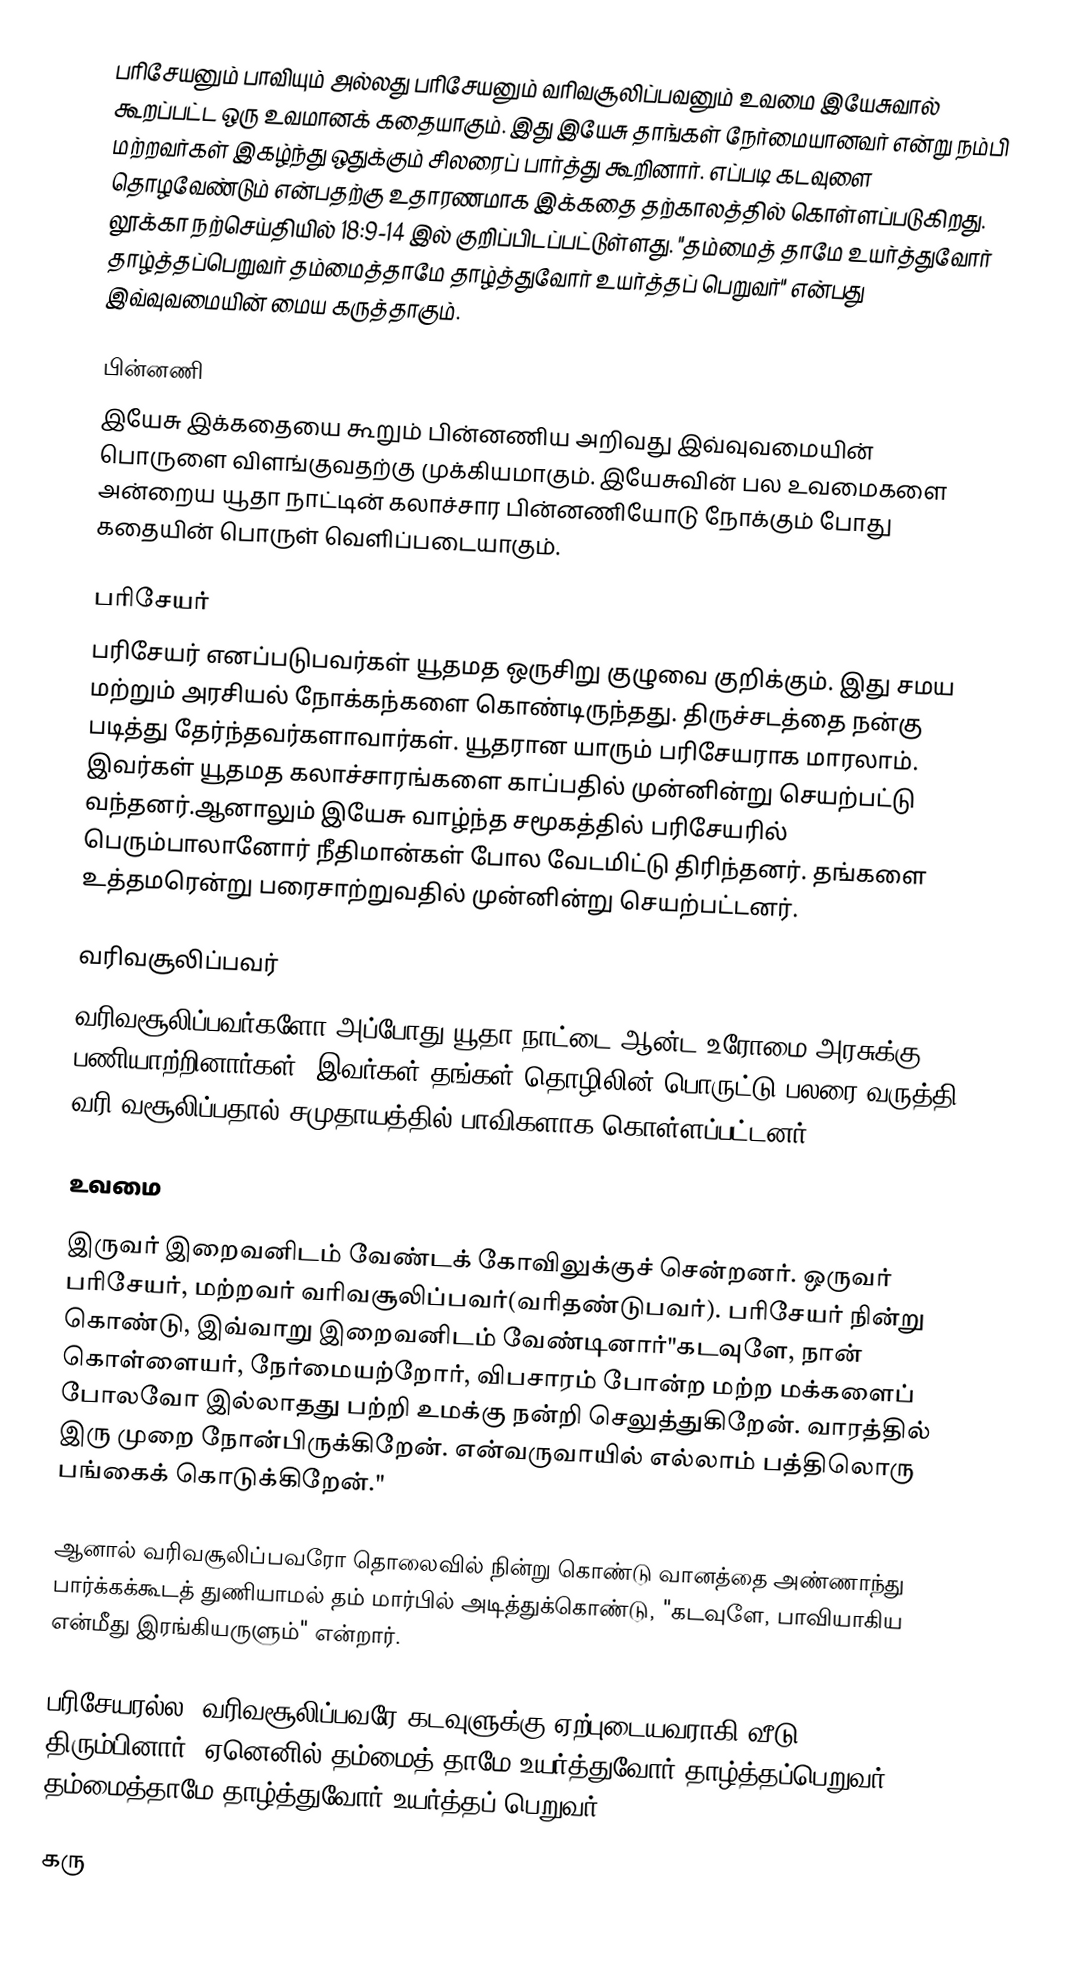
பரிசேயனும் பாவியும் அல்லது பரிசேயனும் வரிவசூலிப்பவனும் உவமை இயேசுவால் கூறப்பட்ட ஒரு உவமானக் கதையாகும். இது இயேசு தாங்கள் நேர்மையானவர் என்று நம்பி மற்றவர்கள் இகழ்ந்து ஒதுக்கும் சிலரைப் பார்த்து  கூறினார். எப்படி கடவுளை தொழவேண்டும் என்பதற்கு உதாரணமாக இக்கதை தற்காலத்தில் கொள்ளப்படுகிறது. லூக்கா நற்செய்தியில் 18:9-14 இல் குறிப்பிடப்பட்டுள்ளது. "தம்மைத் தாமே உயர்த்துவோர் தாழ்த்தப்பெறுவர் தம்மைத்தாமே தாழ்த்துவோர் உயர்த்தப் பெறுவர்" என்பது இவ்வுவமையின் மைய கருத்தாகும்.

பின்னணி
இயேசு இக்கதையை கூறும் பின்னணிய அறிவது இவ்வுவமையின் பொருளை விளங்குவதற்கு முக்கியமாகும். இயேசுவின் பல உவமைகளை அன்றைய யூதா நாட்டின் கலாச்சார பின்னணியோடு நோக்கும் போது கதையின் பொருள் வெளிப்படையாகும்.

பரிசேயர்
பரிசேயர் எனப்படுபவர்கள் யூதமத ஒருசிறு குழுவை குறிக்கும். இது சமய மற்றும் அரசியல் நோக்கந்களை கொண்டிருந்தது. திருச்சடத்தை நன்கு படித்து தேர்ந்தவர்களாவார்கள். யூதரான யாரும் பரிசேயராக மாரலாம். இவர்கள் யூதமத கலாச்சாரங்களை காப்பதில் முன்னின்று செயற்பட்டு வந்தனர்.ஆனாலும் இயேசு வாழ்ந்த சமூகத்தில் பரிசேயரில் பெரும்பாலானோர் நீதிமான்கள் போல வேடமிட்டு திரிந்தனர். தங்களை உத்தமரென்று பரைசாற்றுவதில் முன்னின்று செயற்பட்டனர்.

வரிவசூலிப்பவர்
வரிவசூலிப்பவர்களோ அப்போது யூதா நாட்டை ஆன்ட உரோமை அரசுக்கு பணியாற்றினார்கள். இவர்கள் தங்கள் தொழிலின் பொருட்டு பலரை வருத்தி வரி வசூலிப்பதால் சமுதாயத்தில் பாவிகளாக கொள்ளப்பட்டனர்.

உவமை

இருவர் இறைவனிடம் வேண்டக் கோவிலுக்குச் சென்றனர். ஒருவர் பரிசேயர், மற்றவர் வரிவசூலிப்பவர்(வரிதண்டுபவர்). பரிசேயர் நின்று கொண்டு, இவ்வாறு இறைவனிடம் வேண்டினார்"கடவுளே, நான் கொள்ளையர், நேர்மையற்றோர், விபசாரம் போன்ற மற்ற மக்களைப் போலவோ இல்லாதது பற்றி உமக்கு நன்றி செலுத்துகிறேன். வாரத்தில் இரு முறை நோன்பிருக்கிறேன். என்வருவாயில் எல்லாம் பத்திலொரு பங்கைக் கொடுக்கிறேன்."

ஆனால் வரிவசூலிப்பவரோ தொலைவில் நின்று கொண்டு வானத்தை அண்ணாந்து பார்க்கக்கூடத் துணியாமல் தம் மார்பில் அடித்துக்கொண்டு, "கடவுளே, பாவியாகிய என்மீது இரங்கியருளும்" என்றார்.

பரிசேயரல்ல, வரிவசூலிப்பவரே கடவுளுக்கு ஏற்புடையவராகி வீடு திரும்பினார். ஏனெனில் தம்மைத் தாமே உயர்த்துவோர் தாழ்த்தப்பெறுவர் தம்மைத்தாமே தாழ்த்துவோர் உயர்த்தப் பெறுவர்.

கரு